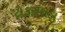
ટોકરપાડા